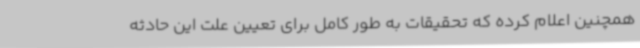
همچنین اعلام کرده که تحقیقات به طور کامل برای تعیین علت این حادثه